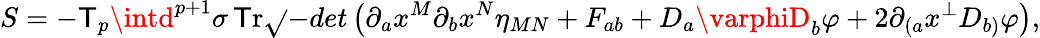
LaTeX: S=-\mathsf{T}_{p}\intd^{p+1}\sigma\, \mathrm{{\mathsf{T}r}}\sqrt{}{{-det\left(\partial_{a}x^{M}\partial_{b}x^{N}\eta_{MN}+F_{ab}+D_{a}\varphiD_{b}\varphi+2\partial_{(a}x^{\bot}D_{b)}\varphi\right)}},